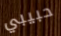
حبيبي